Civil Veterinary Department Bihar & Orissa reports 1922-29 - 1922-1929
Year: 1922
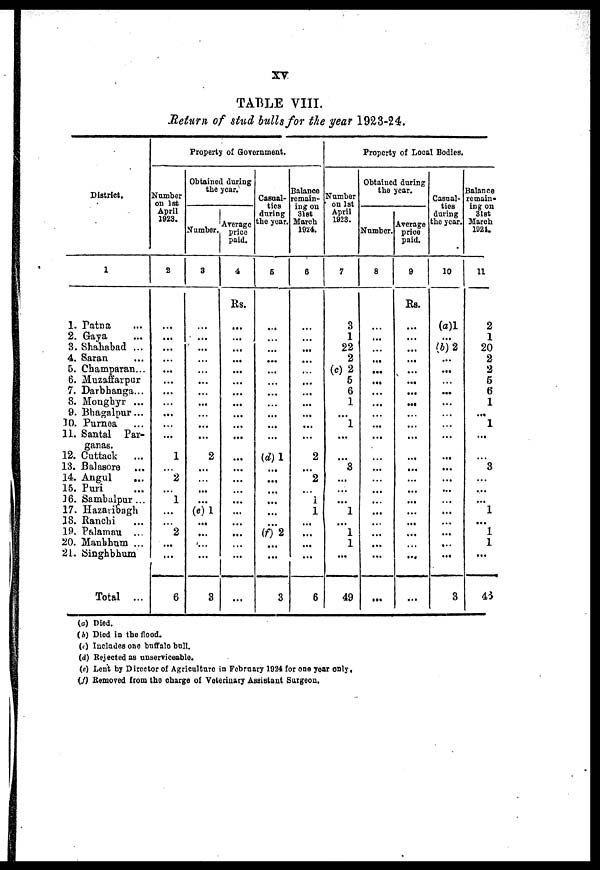
XV
TABLE VIII.
Return of stud bulls for the year 1923-24.
District.
1
1. Patna
2. Gaya
3. Shahabad ...
4. Satan
5. Champaran...
6. Muzaffarpur
7. Darbhanga...
8. Monghyr ...
9. Bhagalpur...
30. Purnea
11. Santal Par-
ganas.
12. Cuttack
...
13. Balasore
14. Angul
15. Puri
16. Sambulpur ...
17. Hazaribagh
18. Ranchi
19. Palamau ...
20. Manbhum ...
21. Singhbhum
Total ...
Property of Government.
Number
on 1st
April
1923.
2
...
...
...
...
...
...
...
...
...
...
1
...
2
...
1
...
...
2
...
...
6
Obtained daring
the year.
Number
8
...
...
...
...
...
...
...
...
2
...
...
(e)l
...
...
3
Average
Price
paid.
4
Rs.
...
...
...
...
...
...
...
...
...
...
...
...
...
...
...
...
...
Casual-
tics
during
the year.
6
...
...
...
...
...
...
...
...
(d)1
...
...
...
...
(f) 2
...
...
3
Balance
remain-
ing on
31st
March
1924.
6
...
...
...
...
...
...
...
...
2
...
2
...
i
1
...
...
...
...
6
Property of Local Bodies.
Number
on 1st
April
1923.
7
3
1
22
2
(c) 2
5
6
1
...
1
...
...
3
...
...
...
1
...
1
1
...
49
Obtained daring
the year.
Number,
8
...
...
...
...
...
...
..
,.
...
...
...
...
...
...
...
Average
price
paid.
9
Rs.
...
...
...
...
...
...
...
...
...
...
...
...
...
...
...
...
...
...
...
...
Casual-
ties
daring
the year.
10
(a)1
...
(b)2
...
...
...
...
...
...
...
...
...
...
...
...
...
3
Balance
remain*
ing on
31st
March
1024.
11
2
1
20
2
2
5
6
1
...
1
...
3
...
...
1
...
1
1
...
46
(a) Died.
(b) Died in the flood.
(c) Includes one buffalo bull.
(d) Rrjected as unserviceable.
(e) Lent by Director of Agriculture in February 1934 for one year only,
(f) Removed from the charge of Veterinary Assistant Surgeon.